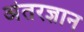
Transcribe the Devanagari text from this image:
अंतरज्ञान